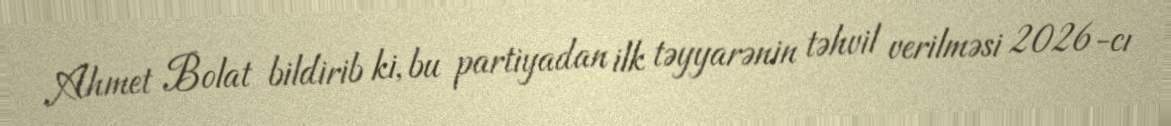
Ahmet Bolat bildirib ki, bu partiyadan ilk təyyarənin təhvil verilməsi 2026-cı